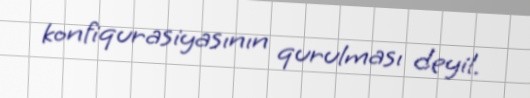
konfiqurasiyasının qurulması deyil.